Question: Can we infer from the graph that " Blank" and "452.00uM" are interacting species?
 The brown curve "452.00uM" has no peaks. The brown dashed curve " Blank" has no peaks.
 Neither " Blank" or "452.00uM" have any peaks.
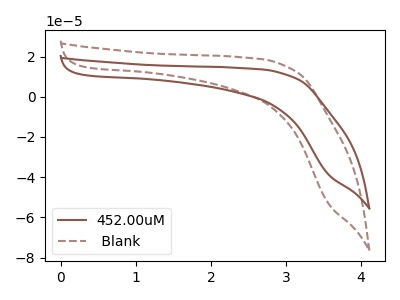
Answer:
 <answer>No, " Blank" and "452.00uM" don't appear to be significantly different in shape</answer>
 <eval>no_change</eval>